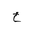
Letter: _kha